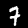
Digit: 7